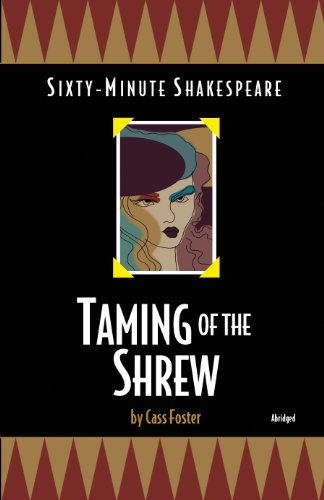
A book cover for Taming of the Shrew: Sixty-Minute Shakespeare Series; Cass Foster; Literature & Fiction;